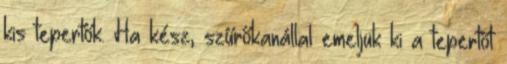
kis tepertők. Ha kész, szűrőkanállal emeljük ki a tepertőt